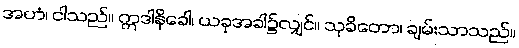
အဟံ၊ ငါသည်။ ဣဒါနိခေါ၊ ယခုအခါ၌လျှင်။ သုခိတော၊ ချမ်းသာသည်။